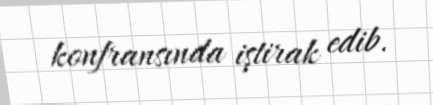
konfransında iştirak edib.